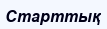
Старттық